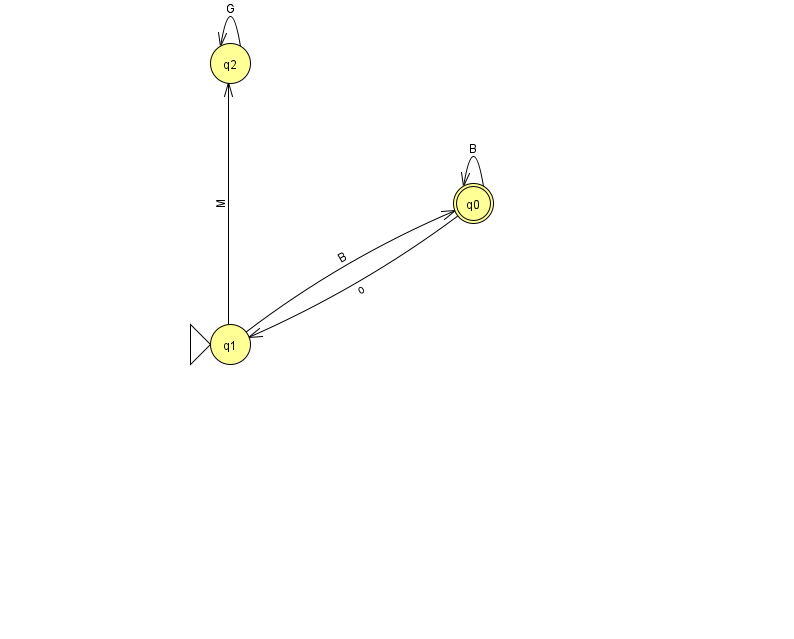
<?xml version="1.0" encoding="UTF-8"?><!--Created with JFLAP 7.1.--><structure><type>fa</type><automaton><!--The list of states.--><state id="0" name="q0"><x>473.0</x><y>190.0</y><final/></state><state id="1" name="q1"><x>230.0</x><y>331.0</y><initial/></state><state id="2" name="q2"><x>230.0</x><y>50.0</y></state><!--The list of transitions.--><transition><from>0</from><to>0</to><read>B</read></transition><transition><from>0</from><to>1</to><read>o</read></transition><transition><from>2</from><to>2</to><read>G</read></transition><transition><from>1</from><to>0</to><read>B</read></transition><transition><from>1</from><to>2</to><read>M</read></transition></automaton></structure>